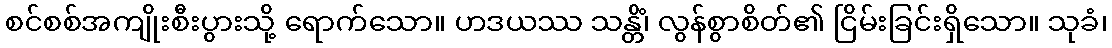
စင်စစ်အကျိုးစီးပွားသို့ ရောက်သော။ ဟဒယဿ သန္တိံ၊ လွန်စွာစိတ်၏ ငြိမ်းခြင်းရှိသော။ သုခံ၊